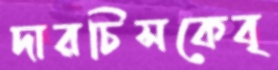
দারচিসকেবৃ